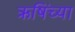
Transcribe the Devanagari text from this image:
ऋषिंच्या